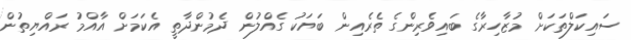
ސައިކަލްތަކަށް މުޒާހިރާގެ ބައިވެރިންގެ ތެރެއިން ބަޔަކު ގެއްލުން ދެމުންދާތީ އެކަމަށް އާއްމު ރައްޔިތުން